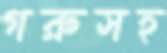
গরুসহ